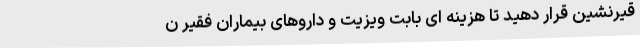
قیرنشین قرار دهید تا هزینه ای بابت ویزیت و داروهای بیماران فقیر ن